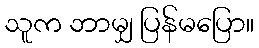
သူက ဘာမျှ ပြန်မပြော။